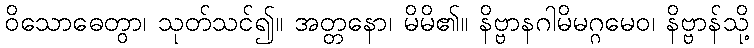
ဝိသောဓေတွာ၊ သုတ်သင်၍။ အတ္တနော၊ မိမိ၏။ နိဗ္ဗာနဂါမိမဂ္ဂမေဝ၊ နိဗ္ဗာန်သို့